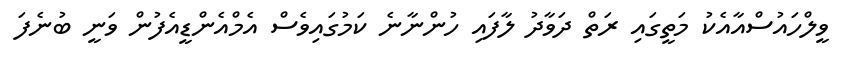
ވީލްހައުސްއާއެކު މަތީގައި ރަތް ދަވާދު ލާފައި ހުންނާނެ ކަމުގައިވެސް އެމްއެންޑީއެފުން ވަނީ ބުނެފަ